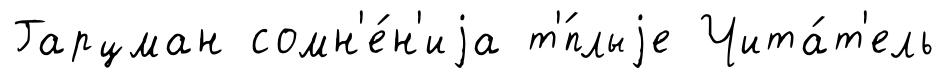
Гарцман сомн'е́н'иjа т'́плыjе Чита́т'ель